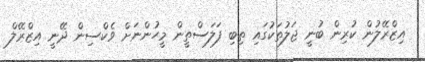
އިޒްރޭލުން ކުރިން ބުނީ ޖަލުތަކުގައި ތިބި ފަލަސްތީން މީހުންނަށް ވެކްސިން ދޭނީ އިޒްރޭލް